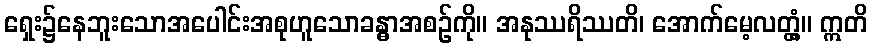
ရှေး၌နေဘူးသောအပေါင်းအစုဟူသောခန္ဓာအစဉ်ကို။ အနုဿရိဿတိ၊ အောက်မေ့လတ္တံ့။ ဣတိ